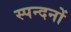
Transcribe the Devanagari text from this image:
स्पन्दनों